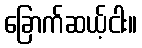
ခြောက်ဆယ့်ငါး။